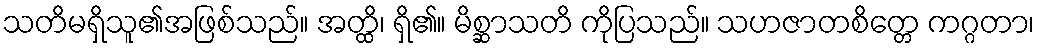
သတိမရှိသူ၏အဖြစ်သည်။ အတ္ထိ၊ ရှိ၏။ မိစ္ဆာသတိ ကိုပြသည်။ သဟဇာတစိတ္တေ ကဂ္ဂတာ၊